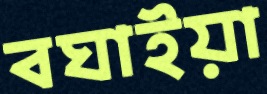
বঘাইয়া